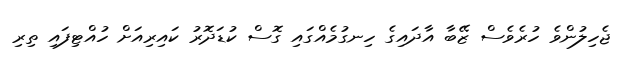
ޖެހިލުންވެ ހުރެވެސް ޒޭބާ އާދައިގެ ހިނގުމެއްގައި ގޮސް ކުޑަދޮރު ކައިރިއަށް ހުއްޓިފައި ތިރި